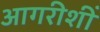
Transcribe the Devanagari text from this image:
आगरीशीं